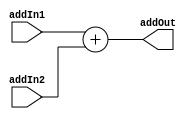
// Mdulo responsvel por somar dois valores quaisquer;

module add (addIn1, addIn2, addOut);

    // addIn1: Entrada do ADD;
    // addIn2: Entrada extend;

    input [31:0] addIn1, addIn2;
    output reg [31:0] addOut;

    // Operao ADD constante - independente do ciclo do clock;
    always @(*) begin
        addOut = addIn1 + addIn2;
    end

endmodule